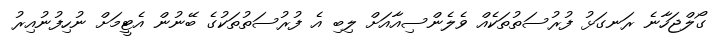
ގޯލްޖަހާނެ ރަނގަޅު ފުރުސަތުތަކެއް ވެލެންސިއާއަށް ލިބި އެ ފުރުސަތުތަކުގެ ބޭނުން އެޓީމަށް ނުހިފުނުއިރު